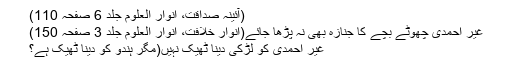
(آئینہ صداقت، انوار العلوم جلد 6 صفحہ 110)
غیر احمدی چھوٹے بچے کا جنازہ بھی نہ پڑھا جائے(انوار خلافت، انوار العلوم جلد 3 صفحہ 150)
غیر احمدی کو لڑکی دینا ٹھیک نہیں(مگر ہندو کو دینا ٹھیک ہے؟